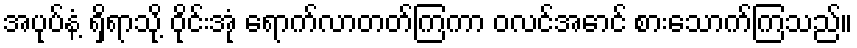
အပုပ်နံ့ ရှိရာသို့ ဝိုင်းအုံ ရောက်လာတတ်ကြကာ ဝလင်အောင် စားသောက်ကြသည်။